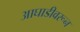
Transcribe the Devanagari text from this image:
आघाडीवरून